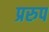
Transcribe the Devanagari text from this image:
प्ररुप